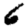
Digit: 6